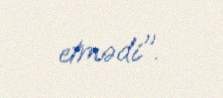
etmədi".